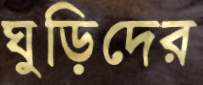
ঘুড়িদের